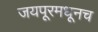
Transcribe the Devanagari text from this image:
जयपूरमधूनच